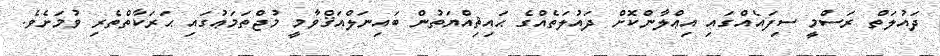
ދައުލަތް ރަސްމީ ސިފައެއްގައި އިޢްލާންކޮށް ދައުލަތެއްގެ ޙައިޘިއްޔަތުން ބައިނަލްއަޤްވާމީ މުޖްތަމަޢުގައި ޙަރަކާތްތެރި ވުމަށެވެ.